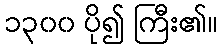
၁၃၀၀ ပို၍ ကြီး၏။